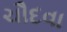
ચૌદવા